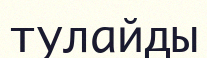
тулайды